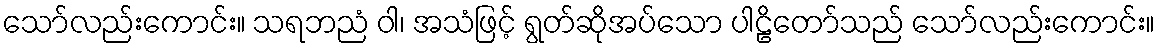
သော်လည်းကောင်း။ သရဘညံ ဝါ၊ အသံဖြင့် ရွတ်ဆိုအပ်သော ပါဠိတော်သည် သော်လည်းကောင်း။